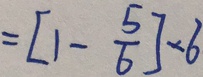
= [ 1 - \frac { 5 } { 6 } ] \times 6